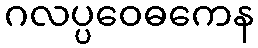
ဂလပ္ပဝေဓကေန